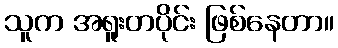
သူက အရူးတပိုင်း ဖြစ်နေတာ။